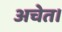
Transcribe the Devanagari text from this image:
अचेत।